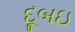
દૂબઇ